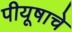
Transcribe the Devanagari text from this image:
पीयूषाचे